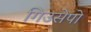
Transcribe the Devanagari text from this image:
गिउसेपो